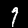
Label: 7